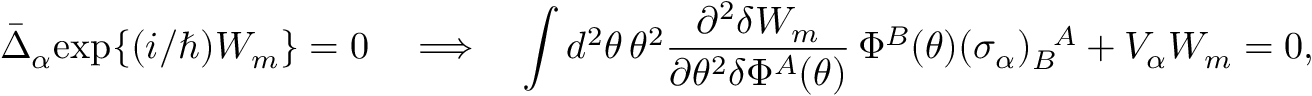
\bar { \Delta } _ { \alpha } \mathrm { e x p } \{ ( i / \hbar ) W _ { m } \} = 0 \quad \Longrightarrow \quad \int d ^ { 2 } \theta \, \theta ^ { 2 } \frac { \partial ^ { 2 } \delta W _ { m } } { \partial \theta ^ { 2 } \delta \Phi ^ { A } ( \theta ) } \, \Phi ^ { B } ( \theta ) ( \sigma _ { \alpha } ) _ { B } ^ { ~ ~ \! A } + V _ { \alpha } W _ { m } = 0 ,